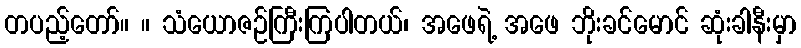
တပည့်တော်။ ။ သံယောဇဉ်ကြီးကြပါတယ်၊ အဖေရဲ့ အဖေ ဘိုးခင်မောင် ဆုံးခါနီးမှာ